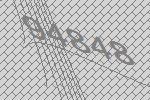
94848